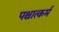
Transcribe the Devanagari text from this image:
पश्चात्कर्म